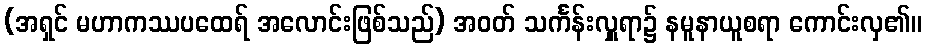
(အရှင် မဟာကဿပထေရ် အလောင်းဖြစ်သည်) အဝတ် သင်္ကန်းလှူရာ၌ နမူနာယူစရာ ကောင်းလှ၏။